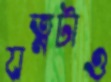
যত্নটাও